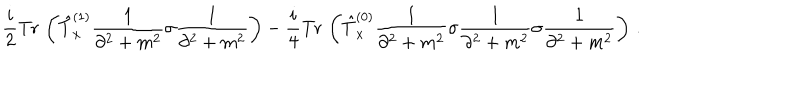
\frac { i } { 2 } \mathrm { T r } \, \left( \hat { T } _ { x } ^ { ( 1 ) } \frac { 1 } { \partial ^ { 2 } + m ^ { 2 } } \sigma \frac { 1 } { \partial ^ { 2 } + m ^ { 2 } } \right) - \frac { i } { 4 } \mathrm { T r } \, \left( \hat { T } _ { x } ^ { ( 0 ) } \frac { 1 } { \partial ^ { 2 } + m ^ { 2 } } \sigma \frac { 1 } { \partial ^ { 2 } + m ^ { 2 } } \sigma \frac { 1 } { \partial ^ { 2 } + m ^ { 2 } } \right) \, .